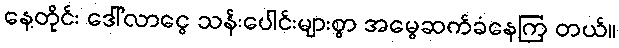
နေ့တိုင်း ဒေါ်လာငွေ သန်းပေါင်းများစွာ အမွေဆက်ခံနေကြ တယ်။